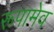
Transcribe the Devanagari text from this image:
रूपामेव